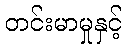
တင်းမာမှုနှင့်